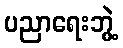
ပညာရေးဘွဲ့